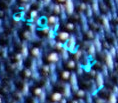
الآسيوية